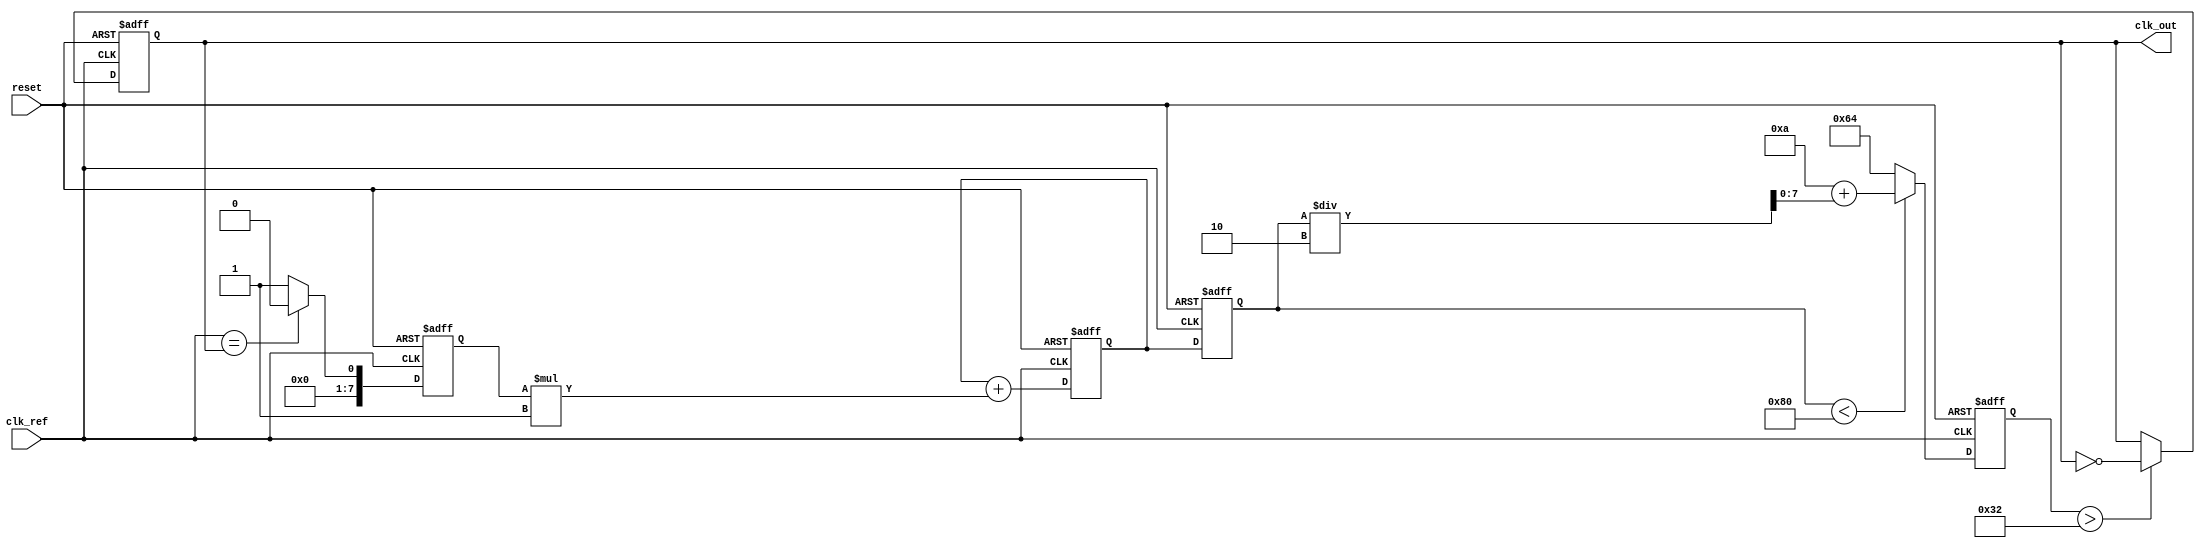
module pll (
    input wire clk_ref,        // Reference clock input
    input wire reset,          // Reset signal
    output reg clk_out         // Output clock
);

// Parameters for the PLL
parameter PHASE_DETECTOR_WIDTH = 8; // Width of phase detector output
parameter VCO_MAX_FREQ = 100;        // Maximum frequency of VCO
parameter VCO_MIN_FREQ = 10;         // Minimum frequency of VCO
parameter LOOP_FILTER_GAIN = 1;      // Gain for loop filter

// Internal signals
reg [PHASE_DETECTOR_WIDTH-1:0] phase_error; // Phase error signal
reg [7:0] control_voltage;                  // Control voltage for VCO
reg [7:0] vco_output;                       // VCO output frequency
reg [7:0] loop_filter_output;               // Output of the loop filter

// Phase Detector
always @(posedge clk_ref or posedge reset) begin
    if (reset) begin
        phase_error <= 0;
    end else begin
        // Simple phase detector logic (for illustration)
        // Compare the reference clock with the feedback clock
        phase_error <= (clk_ref == clk_out) ? 0 : 1; // Simplified phase error
    end
end

// Loop Filter
always @(posedge clk_ref or posedge reset) begin
    if (reset) begin
        loop_filter_output <= 0;
    end else begin
        // Simple loop filter logic (first-order)
        loop_filter_output <= loop_filter_output + (phase_error * LOOP_FILTER_GAIN);
    end
end

// Voltage-Controlled Oscillator (VCO)
always @(posedge clk_ref or posedge reset) begin
    if (reset) begin
        vco_output <= VCO_MIN_FREQ;
    end else begin
        // Adjust VCO frequency based on control voltage
        if (control_voltage < 128) begin
            vco_output <= VCO_MIN_FREQ + (control_voltage / 2); // Linear response
        end else begin
            vco_output <= VCO_MAX_FREQ; // Cap at max frequency
        end
    end
end

// Feedback mechanism
always @(posedge clk_ref or posedge reset) begin
    if (reset) begin
        clk_out <= 0;
    end else begin
        // Generate output clock based on VCO output
        // This is a simplified representation
        clk_out <= (vco_output > 50) ? ~clk_out : clk_out; // Toggle based on VCO output
    end
end

// Control voltage adjustment
always @(posedge clk_ref or posedge reset) begin
    if (reset) begin
        control_voltage <= 0;
    end else begin
        // Update control voltage based on loop filter output
        control_voltage <= loop_filter_output[7:0]; // Use lower 8 bits
    end
end

endmodule